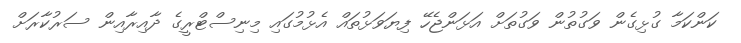
ކަންކަމާ ގުޅިގެން ވަގުތުން ވަގުތަށް އަޅަންޖެހޭ ފިޔަވަޅުތައް އެޅުމުގައި މިނިސްޓްރީގެ ދާއިރާއިން ސަރުކާރަށް